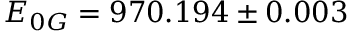
E _ { 0 G } = 9 7 0 . 1 9 4 \pm 0 . 0 0 3